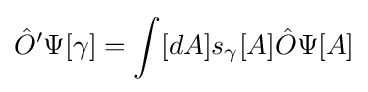
{\hat {O}}'\Psi [\gamma ]=\int [dA]s_{\gamma }[A]{\hat {O}}\Psi [A]